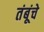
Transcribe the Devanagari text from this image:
तंबूंचे